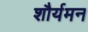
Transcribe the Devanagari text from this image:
शौर्यमन